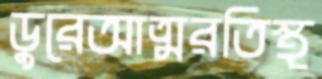
ডুরেআত্মরতিস্থ